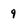
Character: 9